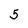
Character: 5